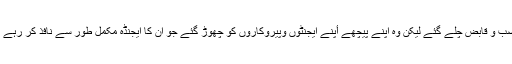
غاصب و قابض چلے گئے لیکن وہ اپنے پیچھے أپنے ایجنٹوں وپیروکاروں کو چھوڑ گئے جو ان کا ایجنڈہ مکمل طور سے نافذ کر رہے ہیں۔